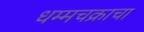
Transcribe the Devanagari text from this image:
धम्मचक्राचा